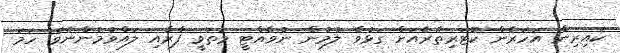
ކައިރިން އަހަރެން ކޮޓަރިތެރެއަށް ގަޅުވާ ލުމުން ނުވެއްޓީ މަތަވީ ފާރާއި ލައްވުމުންނެވެ. ހަމަ